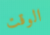
الوقت